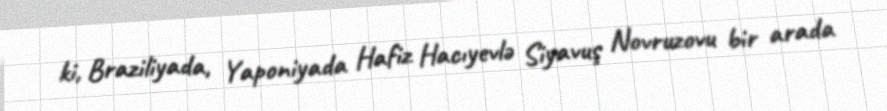
ki, Braziliyada, Yaponiyada Hafiz Hacıyevlə Siyavuş Novruzovu bir arada